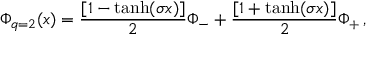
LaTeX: \Phi _ { q = 2 } ( x ) = { \frac { [ 1 - \operatorname { t a n h } ( \sigma x ) ] } { 2 } } \Phi _ { - } + { \frac { [ 1 + \operatorname { t a n h } ( \sigma x ) ] } { 2 } } \Phi _ { + } \, ,